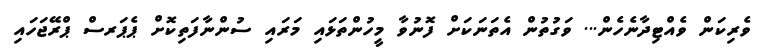
ވެރިކަން ވެއްޓިދާނެހެން... ވަގުތުން އެތަނަކަށް ފޮނުވާ މީހުންތަޅައި މަރައި ސުންނާފަތިކޮށް ޕެޕަރސް ޕްރޭޖަހައި